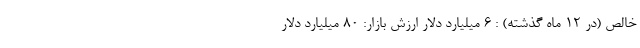
خالص (در ۱۲ ماه گذشته) : ۶ میلیارد دلار ارزش بازار: ۸۰ میلیارد دلار